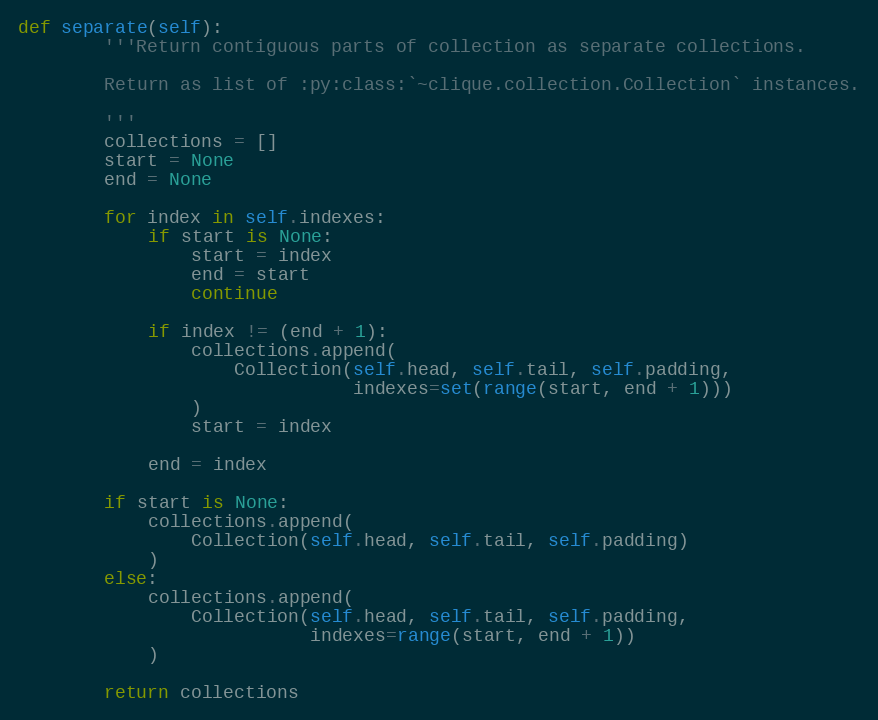
Language: Python
def separate(self):
        '''Return contiguous parts of collection as separate collections.

        Return as list of :py:class:`~clique.collection.Collection` instances.

        '''
        collections = []
        start = None
        end = None

        for index in self.indexes:
            if start is None:
                start = index
                end = start
                continue

            if index != (end + 1):
                collections.append(
                    Collection(self.head, self.tail, self.padding,
                               indexes=set(range(start, end + 1)))
                )
                start = index

            end = index

        if start is None:
            collections.append(
                Collection(self.head, self.tail, self.padding)
            )
        else:
            collections.append(
                Collection(self.head, self.tail, self.padding,
                           indexes=range(start, end + 1))
            )

        return collections